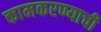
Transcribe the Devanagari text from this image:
कामकरण्याची